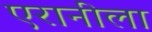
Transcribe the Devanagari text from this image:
एरानीला